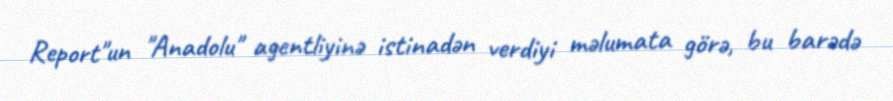
Report"un "Anadolu" agentliyinə istinadən verdiyi məlumata görə, bu barədə